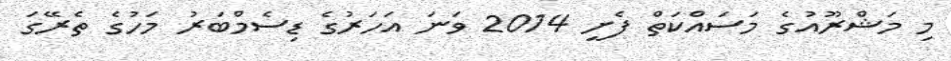
މި މަޝްރޫއުގެ މަސައްކަތް ފެށީ 2014 ވަނަ އަހަރުގެ ޑިސެމްބަރު މަހުގެ ތެރޭގަ